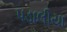
પડાલીયા